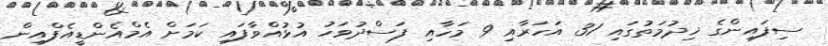
ސިފައިންގެ ޚިދުމަތުގައި 31 އަހަރާއި 9 މަހާއި ފަސްދުވަހު އުޅުއްވާފައި ކަމަށް އެމްއެންޑީއެފްއިން